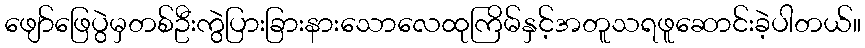
ဖျော်ဖြေပွဲမှတစ်ဦးကွဲပြားခြားနားသောလေထုကြိမ်နှင့်အတူသရဖူဆောင်းခဲ့ပါတယ်။